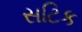
સટિક